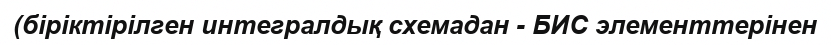
(біріктірілген интегралдық схемадан - БИС элементтерінен